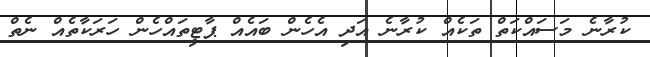
ކުރާނެ މަސައްކަތް ތަކެއް ކުރާނެ އަދި އެހެން ބައެއް ޕާޓީތައްހެން ހަރަކާތެއް ނެތް